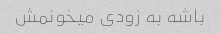
باشه به زودی میخونمش